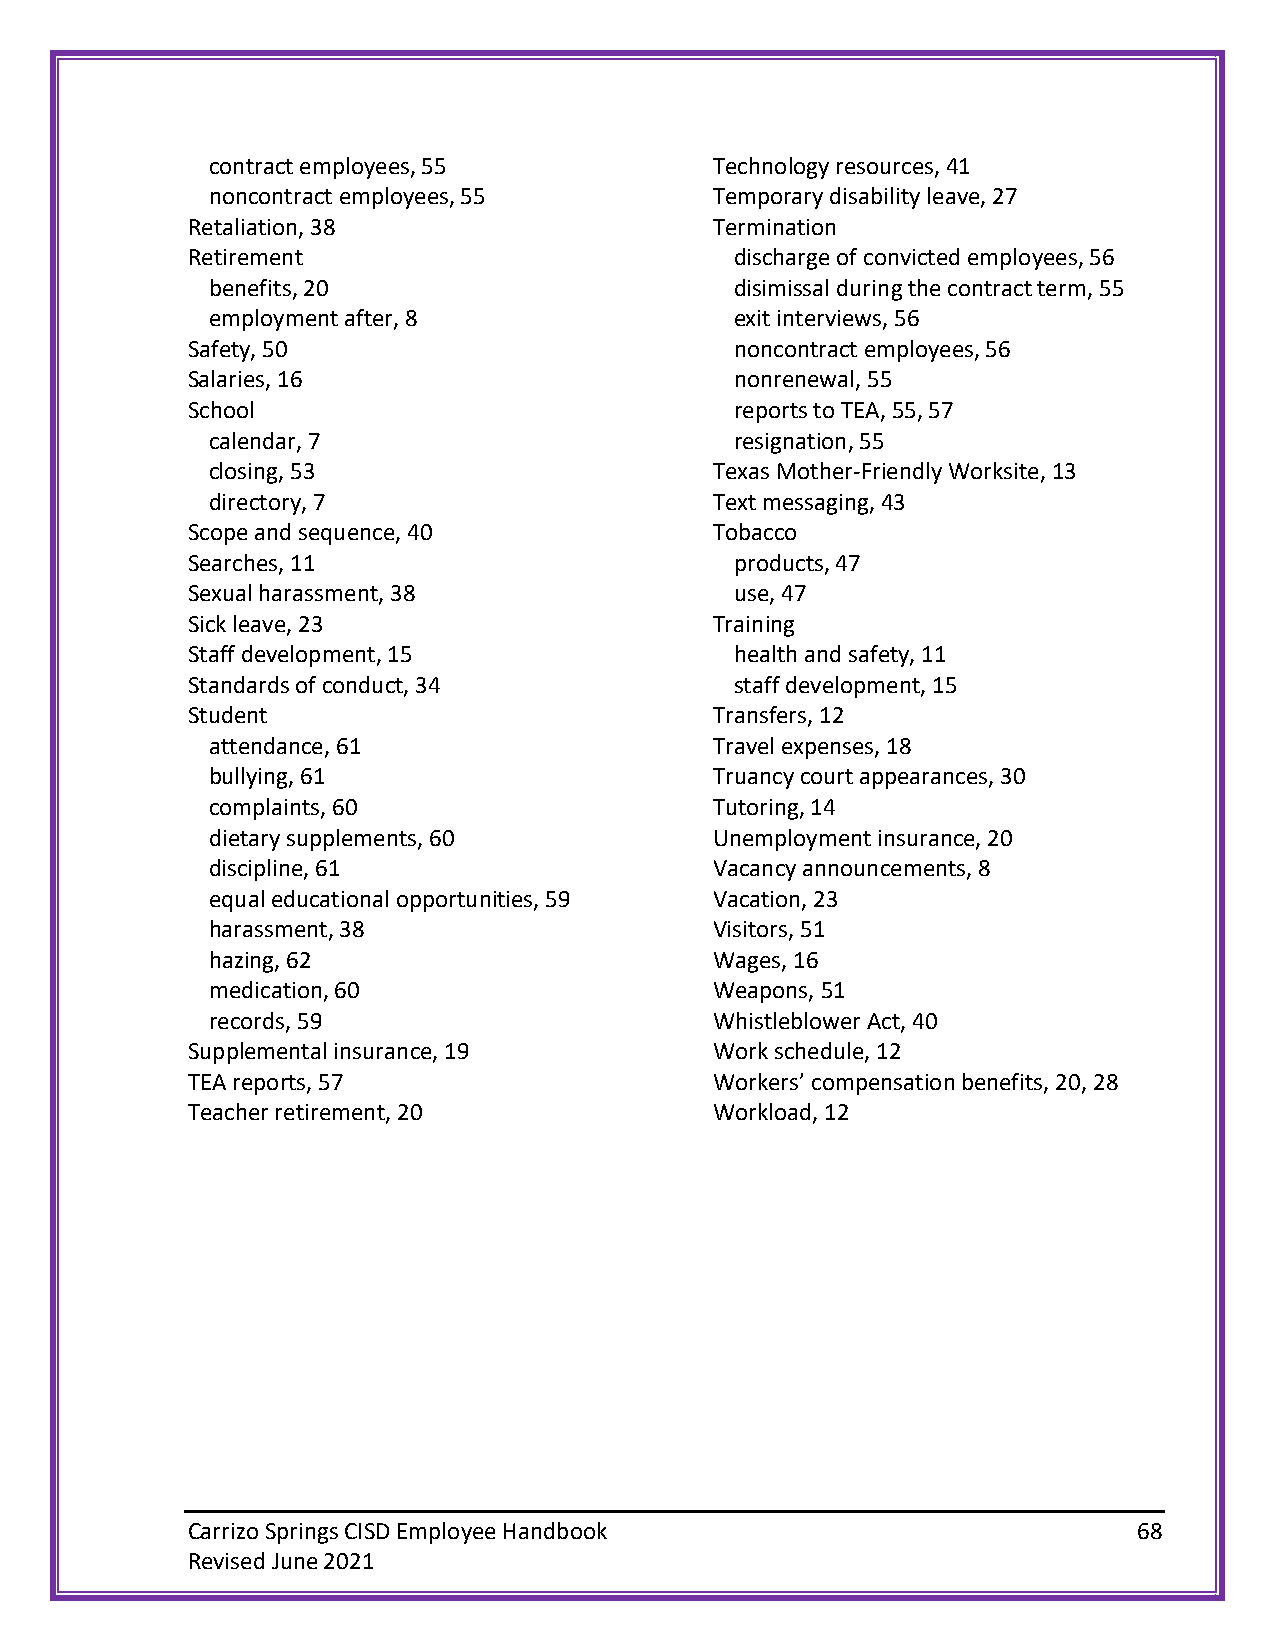
contract employees, 55           Technology resources, 41
 noncontract employees, 55        Temporary disability leave, 27
 Retaliation, 38                    Termination
 Retirement                           discharge of convicted employees, 56
 benefits, 20                       disimissal during the contract term, 55
 employment after, 8                exit interviews, 56
 Safety, 50                           noncontract employees, 56
 Salaries, 16                         nonrenewal, 55
 School                               reports to TEA, 55, 57
 calendar, 7                        resignation, 55
 closing, 53                      Texas Mother-Friendly Worksite, 13
 directory, 7                     Text messaging, 43
 Scope and sequence, 40             Tobacco
 Searches, 11                         products, 47
 Sexual harassment, 38                use, 47
 Sick leave, 23                     Training
 Staff development, 15                health and safety, 11
 Standards of conduct, 34             staff development, 15
 Student                            Transfers, 12
 attendance, 61                   Travel expenses, 18
 bullying, 61                     Truancy court appearances, 30
 complaints, 60                   Tutoring, 14
 dietary supplements, 60          Unemployment insurance, 20
 discipline, 61                   Vacancy announcements, 8
 equal educational opportunities, 59 Vacation, 23
 harassment, 38                   Visitors, 51
 hazing, 62                       Wages, 16
 medication, 60                   Weapons, 51
 records, 59                      Whistleblower Act, 40
 Supplemental insurance, 19         Work schedule, 12
 TEA reports, 57                    Workers’ compensation benefits, 20, 28
 Teacher retirement, 20             Workload, 12
 Carrizo Springs CISD Employee Handbook                         68
 Revised June 2021